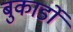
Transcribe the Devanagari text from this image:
बुकार्डो